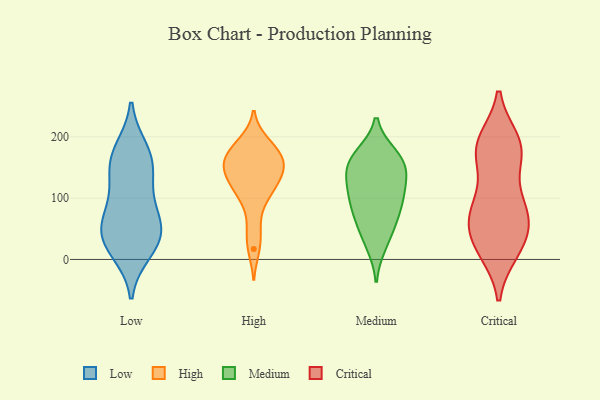
{"axis": {"x": "Humidity (%)", "y": "Value"}, "legend": ["Critical", "High", "Low", "Medium"], "data": [{"x": "", "y": 42, "type": "Low"}, {"x": "", "y": 162, "type": "Low"}, {"x": "", "y": 15, "type": "Low"}, {"x": "", "y": 76, "type": "Low"}, {"x": "", "y": 44, "type": "Low"}, {"x": "", "y": 28, "type": "Low"}, {"x": "", "y": 95, "type": "Low"}, {"x": "", "y": 177, "type": "Low"}, {"x": "", "y": 160, "type": "Low"}, {"x": "", "y": 46, "type": "Low"}, {"x": "", "y": 137, "type": "Low"}, {"x": "", "y": 112, "type": "High"}, {"x": "", "y": 192, "type": "High"}, {"x": "", "y": 187, "type": "High"}, {"x": "", "y": 91, "type": "High"}, {"x": "", "y": 48, "type": "High"}, {"x": "", "y": 123, "type": "High"}, {"x": "", "y": 124, "type": "High"}, {"x": "", "y": 170, "type": "High"}, {"x": "", "y": 153, "type": "High"}, {"x": "", "y": 166, "type": "High"}, {"x": "", "y": 17, "type": "High"}, {"x": "", "y": 154, "type": "High"}, {"x": "", "y": 139, "type": "High"}, {"x": "", "y": 157, "type": "High"}, {"x": "", "y": 116, "type": "Medium"}, {"x": "", "y": 47, "type": "Medium"}, {"x": "", "y": 152, "type": "Medium"}, {"x": "", "y": 157, "type": "Medium"}, {"x": "", "y": 104, "type": "Medium"}, {"x": "", "y": 141, "type": "Medium"}, {"x": "", "y": 25, "type": "Medium"}, {"x": "", "y": 105, "type": "Medium"}, {"x": "", "y": 77, "type": "Medium"}, {"x": "", "y": 164, "type": "Medium"}, {"x": "", "y": 73, "type": "Medium"}, {"x": "", "y": 169, "type": "Medium"}, {"x": "", "y": 85, "type": "Critical"}, {"x": "", "y": 186, "type": "Critical"}, {"x": "", "y": 78, "type": "Critical"}, {"x": "", "y": 63, "type": "Critical"}, {"x": "", "y": 21, "type": "Critical"}, {"x": "", "y": 173, "type": "Critical"}, {"x": "", "y": 88, "type": "Critical"}, {"x": "", "y": 159, "type": "Critical"}, {"x": "", "y": 86, "type": "Critical"}, {"x": "", "y": 34, "type": "Critical"}, {"x": "", "y": 15, "type": "Critical"}, {"x": "", "y": 192, "type": "Critical"}, {"x": "", "y": 183, "type": "Critical"}, {"x": "", "y": 54, "type": "Critical"}, {"x": "", "y": 19, "type": "Critical"}, {"x": "", "y": 186, "type": "Critical"}]}